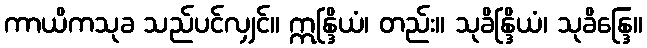
ကာယိကသုခ သည်ပင်လျှင်။ ဣန္ဒြိယံ၊ တည်း။ သုခိန္ဒြိယံ၊ သုခိန္ဒြေ။